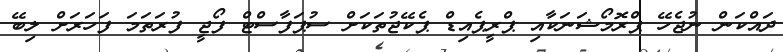
ދައްކަން ނުޖެހޭ ޕްރޮމޯޝަނަކާއި ޕްރީޕެއިޑް ޕެކޭޖުތަކަށް ސުޕަފާސްޓް ފޯޖީ ފުރަތަމަ ފަހަރަށް ލިބޭ